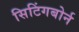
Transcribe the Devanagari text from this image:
सिटिंगबोर्न